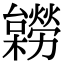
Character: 𣟽